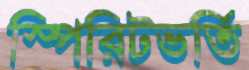
স্পিরিটভর্তি